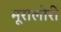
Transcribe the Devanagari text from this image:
मूरालोरी